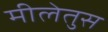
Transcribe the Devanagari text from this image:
मीलेतुस